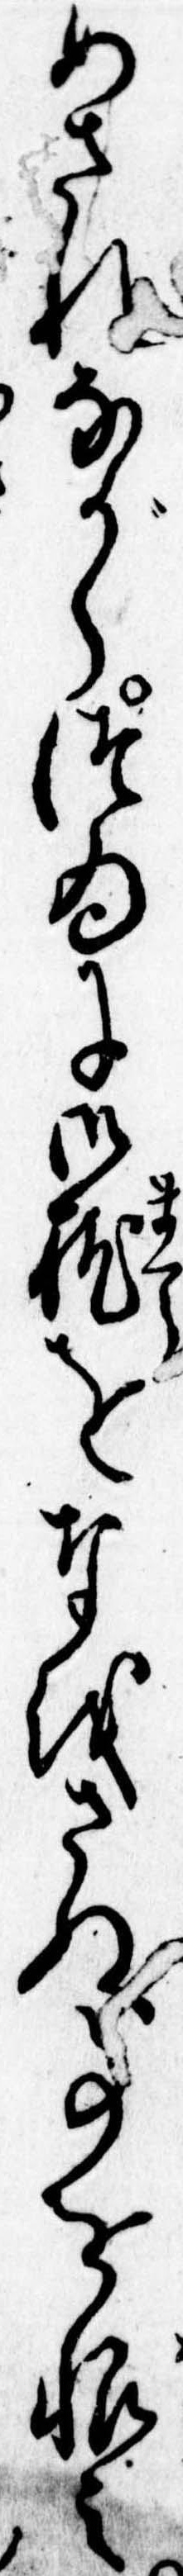
めされながらつゐに御枕をなほさぬ事を恨み